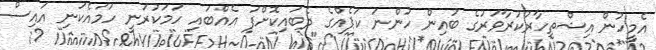
އެމީހުން އިޝްތިހާރުކުރާވަރުގެ ބުއިން ހުންނަ ކަޕެއްގެ ދެބައިކޮށްފަ އެއްބައި ހަމަކުރަނީ ހަމައެކަނި އައިސް